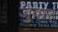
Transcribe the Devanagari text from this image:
जुवार